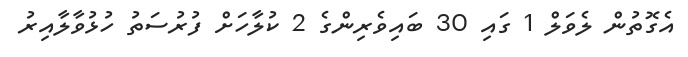
އެގޮތުން ލެވަލް 1 ގައި 30 ބައިވެރިންގެ 2 ކުލާހަށް ފުރުސަތު ހުޅުވާލާއިރު